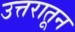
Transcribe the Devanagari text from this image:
उत्तरातून